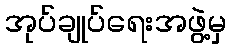
အုပ်ချုပ်ရေးအဖွဲ့မှ